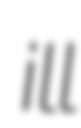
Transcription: ill